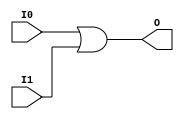
module or8_wrapped (
    input [7:0] I0,
    input [7:0] I1,
    output [7:0] O
);
assign O = I0 | I1;
endmodule